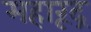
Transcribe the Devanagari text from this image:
महारूद्र